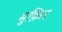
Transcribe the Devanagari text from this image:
मुक़ित